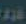
غور